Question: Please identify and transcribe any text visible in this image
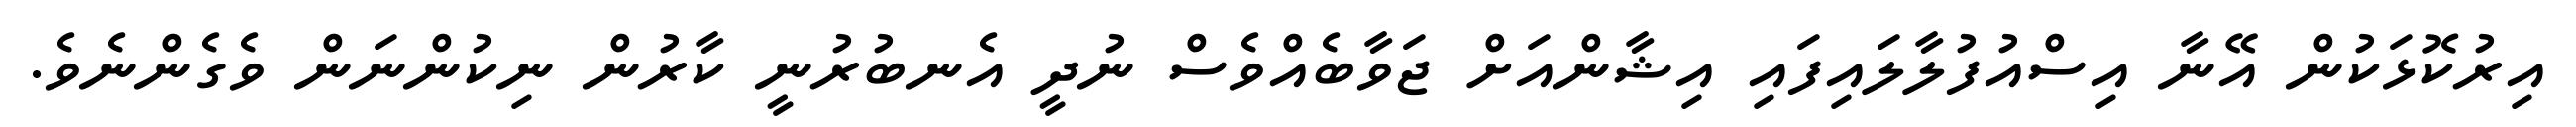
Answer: އިރުކޮޅަކުން އޭނާ އިސްއުފުލާލައިފައި އިޝާންއަށް ޖަވާބެއްވެސް ނުދީ އެނބުރުނީ ކާރުން ނިކުންނަން ވެގެންނެވެ.